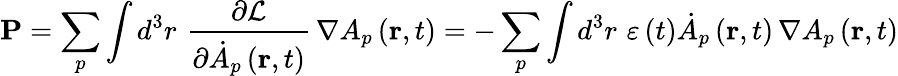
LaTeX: \mathbf{P}=\sum_{p}\int d^{3}r\, \, \frac{\partial\mathcal{L}}{\partial\dot{A}_{p}\left(\mathbf{r},t\right)}\, \nabla A_{p}\left(\mathbf{r},t\right)=-\sum_{p}\int d^{3}r\, \, \varepsilon\left(t\right)\dot{A}_{p}\left(\mathbf{r},t\right)\, \nabla A_{p}\left(\mathbf{r},t\right)